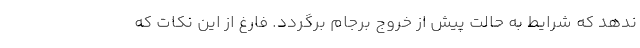
ندهد كه شرايط به حالت پيش از خروج برجام برگردد. فارغ از اين نكات كه